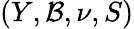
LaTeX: (Y,{\mathcal{B}},\nu,S)